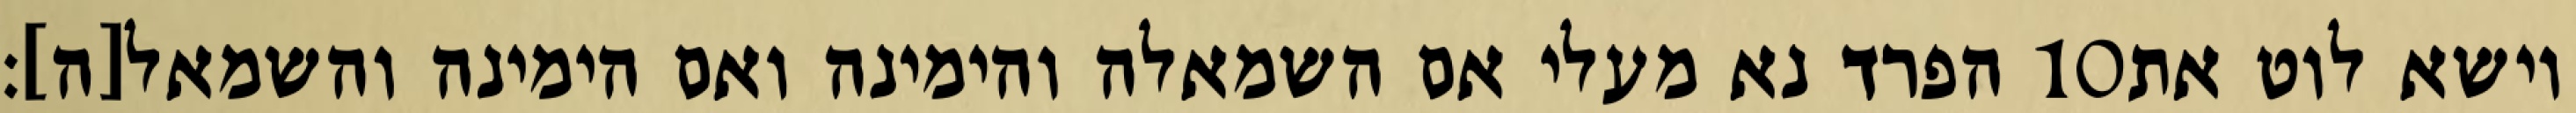
הפרד נא מעלי אם השמאלה והימינה ואם הימינה והשמאל[ה]׃ ‎10‏ וישא לוט את